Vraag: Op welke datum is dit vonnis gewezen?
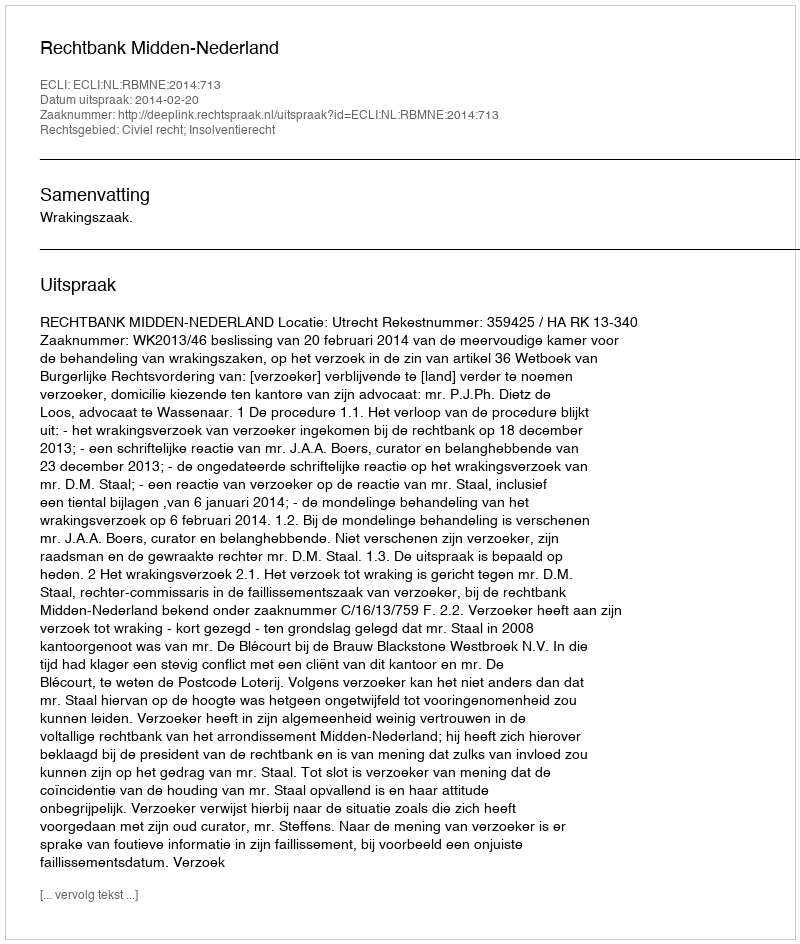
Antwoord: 2014-02-20